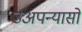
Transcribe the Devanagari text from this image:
उअपन्यासों